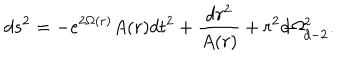
d s ^ { 2 } = - e ^ { 2 \Omega ( r ) } A ( r ) d t ^ { 2 } + \frac { d r ^ { 2 } } { A ( r ) } + r ^ { 2 } d \Omega _ { d - 2 } ^ { 2 } .